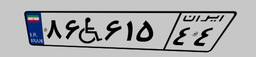
۰۹W۶۸۷۶۰